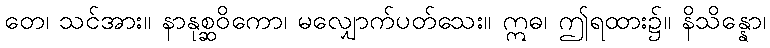
တေ၊ သင်အား။ နာနုစ္ဆဝိကော၊ မလျှောက်ပတ်သေး။ ဣဓ၊ ဤရထား၌။ နိသိန္နော၊